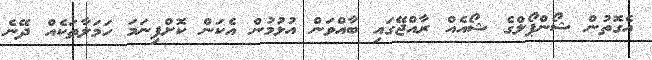
އެގޮތުން ޝޯންޕޯލްގެ ޝޯއެއް ރާއްޖޭގައި ބާއްވަން އުޅުމުން އެކަން ކޮށްފިނަމަ ހަމަލާތަކެއް ދޭނެ